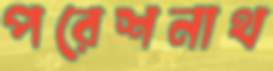
পরেশনাথ